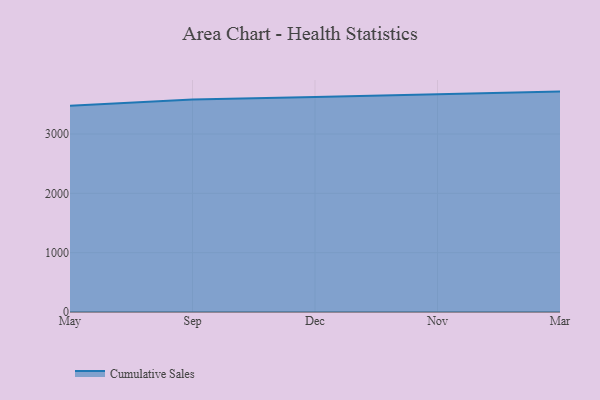
{"axis": {"x": "Month", "y": "Gross Profit (USD K)"}, "legend": ["Cumulative Sales"], "data": [{"x": "May", "y": 3477.2, "type": "Cumulative Sales"}, {"x": "Sep", "y": 3581.2, "type": "Cumulative Sales"}, {"x": "Dec", "y": 3624.1, "type": "Cumulative Sales"}, {"x": "Nov", "y": 3663.5, "type": "Cumulative Sales"}, {"x": "Mar", "y": 3714.6, "type": "Cumulative Sales"}]}